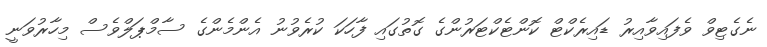
ނެގެޓިވް ވެފައިވާއިރު ޑައިރެކްޓް ކޮންޓެކްޓަރުންގެ ގޮތުގައި ފާހަކަ ކުރެވުނު އެންމެންގެ ސާމްޕަލްވެސް މިހާރުވަނީ